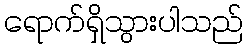
ရောက်ရှိသွားပါသည်